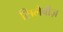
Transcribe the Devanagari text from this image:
सिलेबीज़